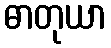
ဓာတုယာ